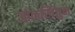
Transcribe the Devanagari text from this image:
ओळखितुन